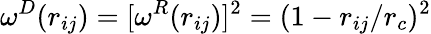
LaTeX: \omega^{D}(r_{ij})=[\omega^{R}(r_{ij})]^{2}=(1-r_{ij}/r_{c})^{2}